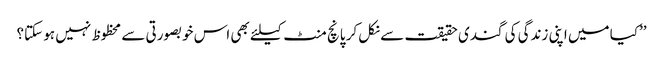
’’کیا میں اپنی زندگی کی گندی حقیقت سے نکل کر پانچ منٹ کیلئے بھی اس خوبصورتی سے محظوظ نہیں ہو سکتا؟